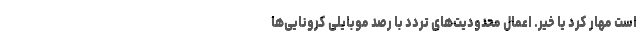
است مهار کرد یا خیر. اعمال محدودیت‌های تردد با رصد موبایلی کرونایی‌ها